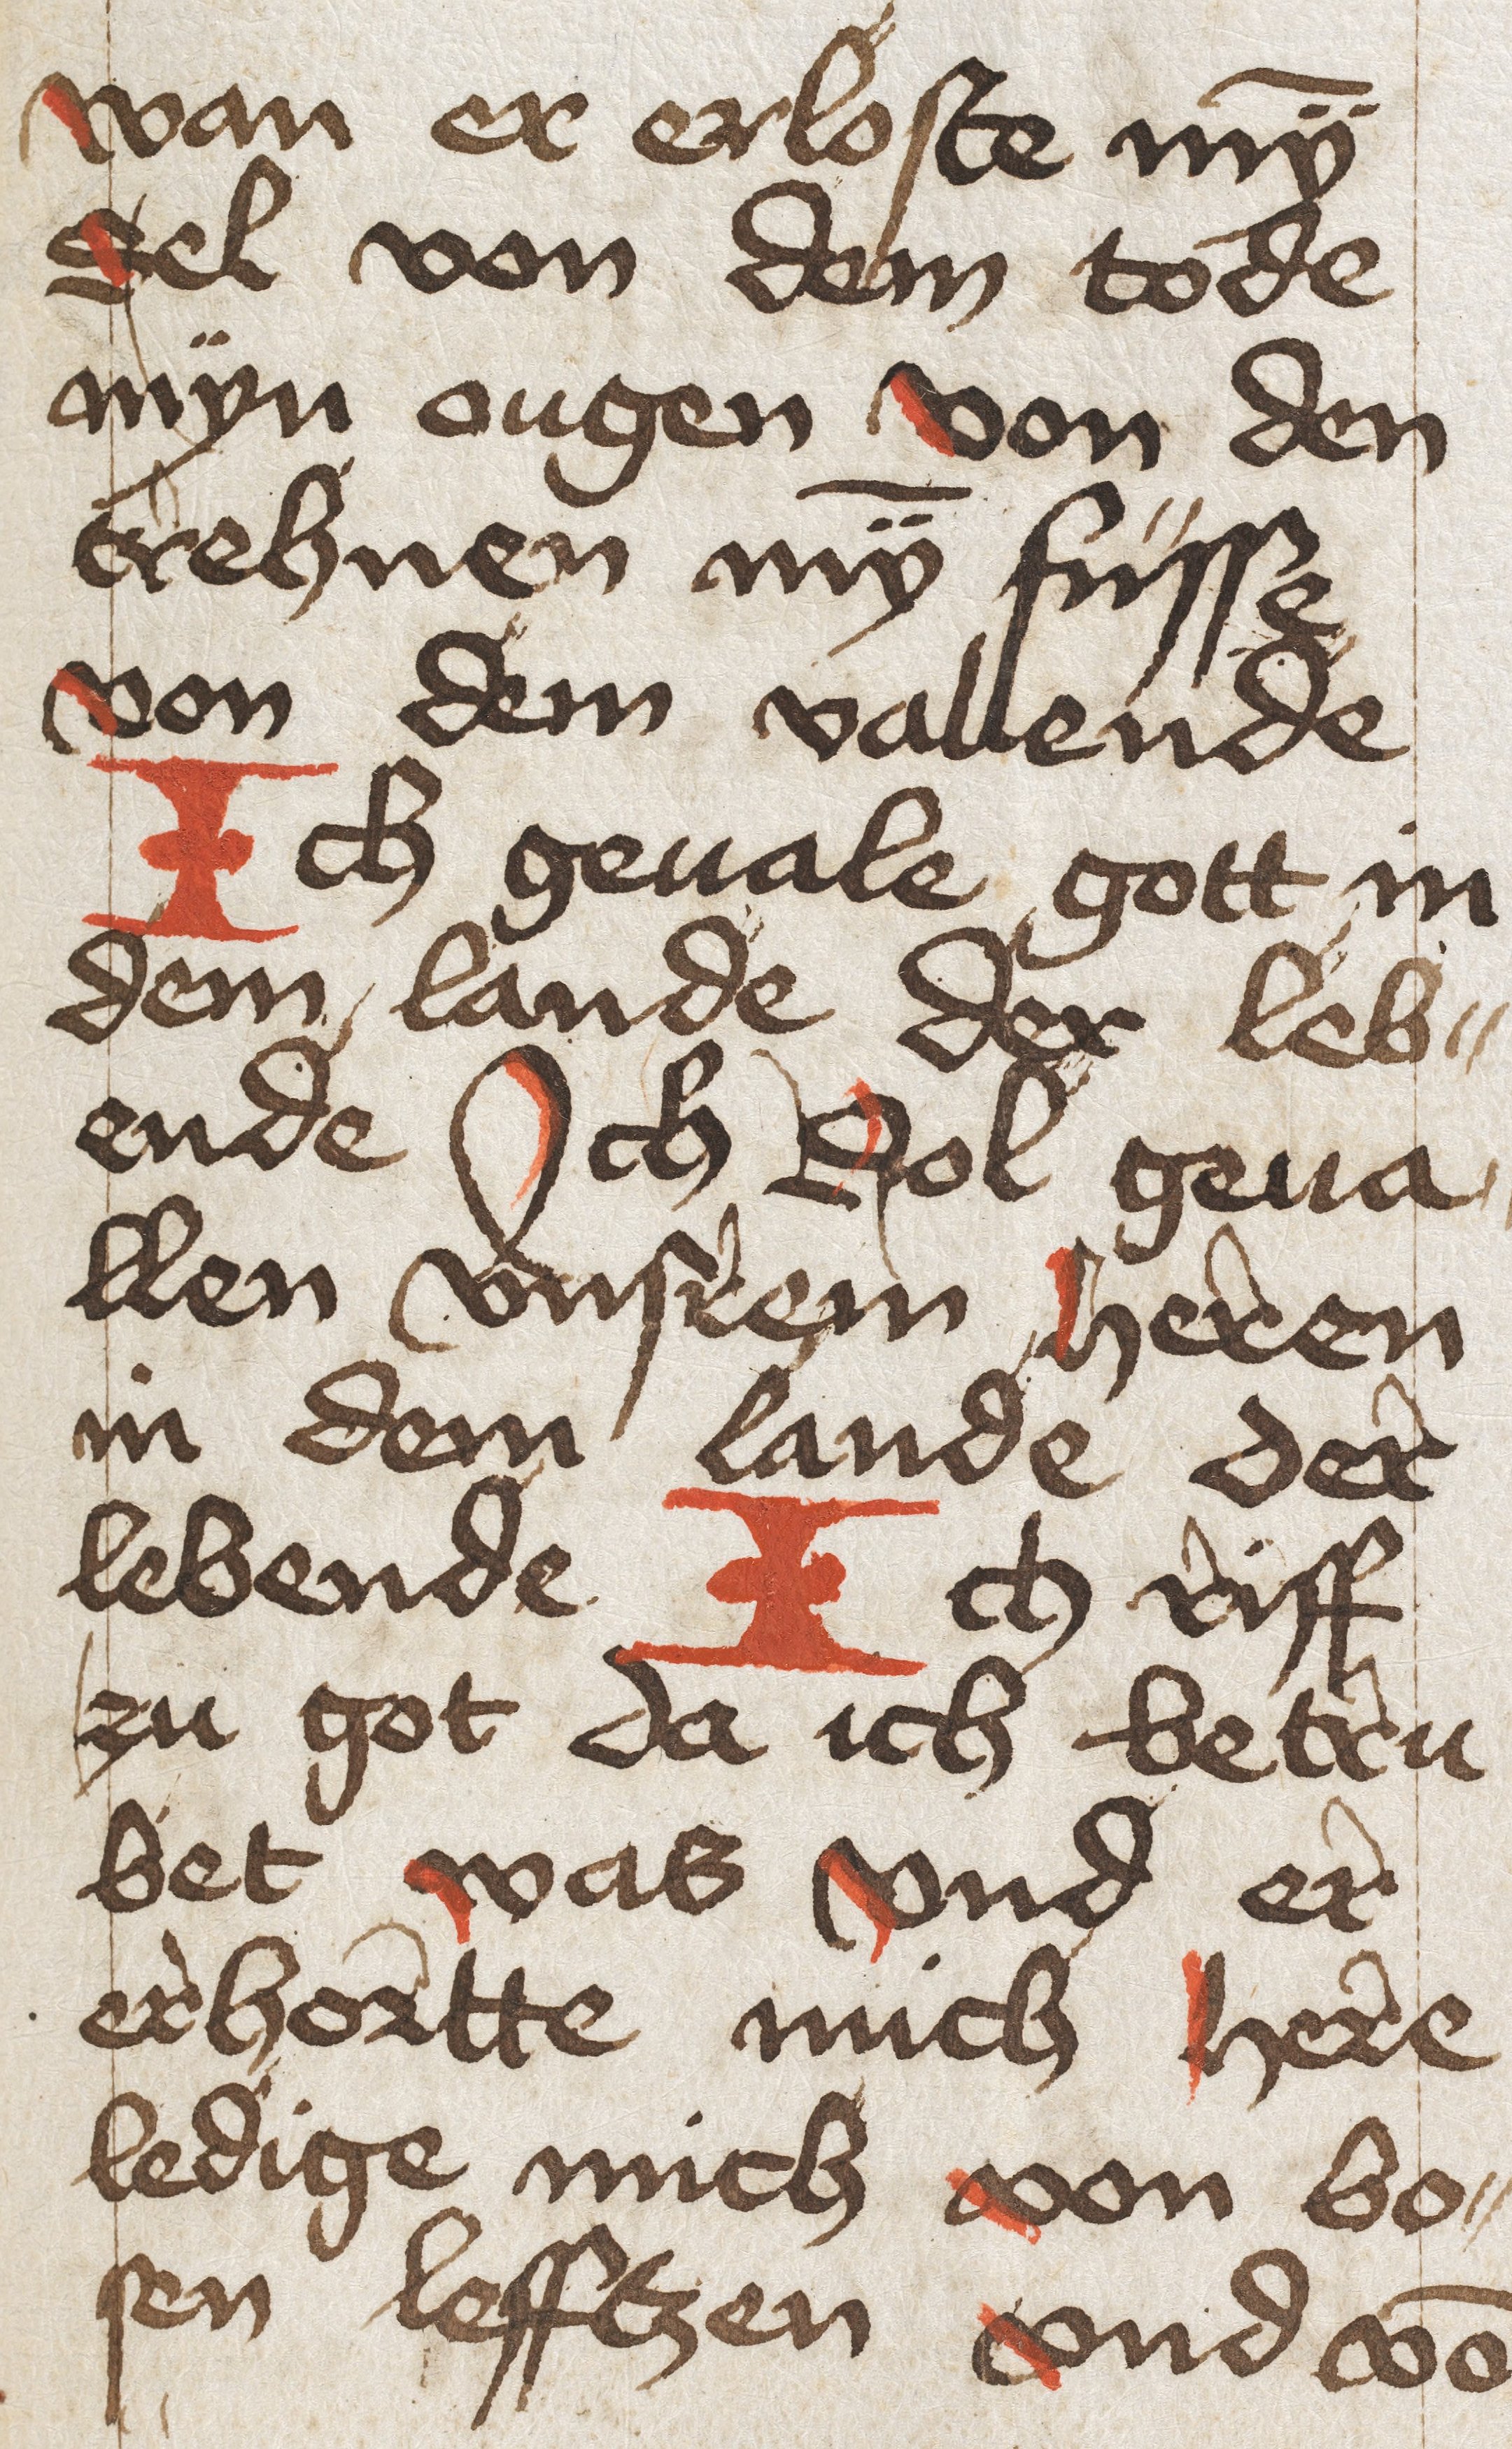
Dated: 1450–1499